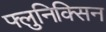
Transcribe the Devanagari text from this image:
फ्लुनिक्सिन